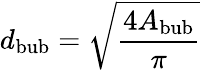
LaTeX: d_{\mathrm{bub}}=\sqrt{\frac{4A_{\mathrm{bub}}}{\pi}}